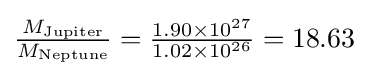
{\tfrac {M_{\text{Jupiter}}}{M_{\text{Neptune}}}}={\tfrac {1.90\times 10^{27}}{1.02\times 10^{26}}}=18.63